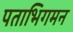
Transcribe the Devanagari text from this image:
पताभिगमन